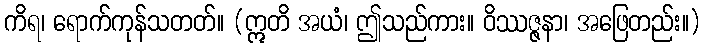
ကိရ၊ ရောက်ကုန်သတတ်။ (ဣတိ အယံ၊ ဤသည်ကား။ ဝိဿဇ္ဇနာ၊ အဖြေတည်း။)